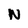
Character: N